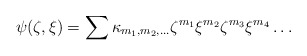
\begin{align*}\psi(\zeta,\xi)=\sum \kappa_{m_1,m_2,\ldots}\zeta^{m_1}\xi^{m_2}\zeta^{m_3}\xi^{m_4}\ldots\end{align*}